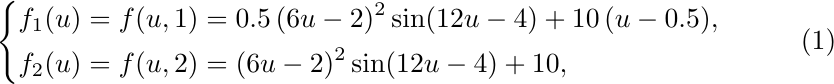
\begin{equation}
  \left\{
  \begin{aligned}
    f_1(u) &= f(u, 1) = 0.5\, (6u - 2)^2\sin(12u - 4) + 10\, (u - 0.5),\\
    f_2(u) &= f(u, 2) = (6u - 2)^2\sin(12u - 4) + 10,
  \end{aligned}
  \right.
\end{equation}